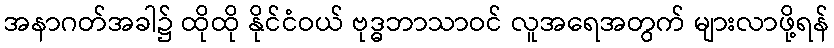
အနာဂတ်အခါ၌ ထိုထို နိုင်ငံဝယ် ဗုဒ္ဓဘာသာဝင် လူအရေအတွက် များလာဖို့ရန်